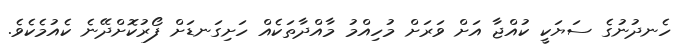
ހެނދުނުގެ ސަޔަކީ ކުއްޖާ އަށް ވަރަށް މުހިއްމު މާއްދާތަކެއް ހަށިގަނޑަށް ފޯރުކޮށްދޭނެ ކެއުމެކެވެ.